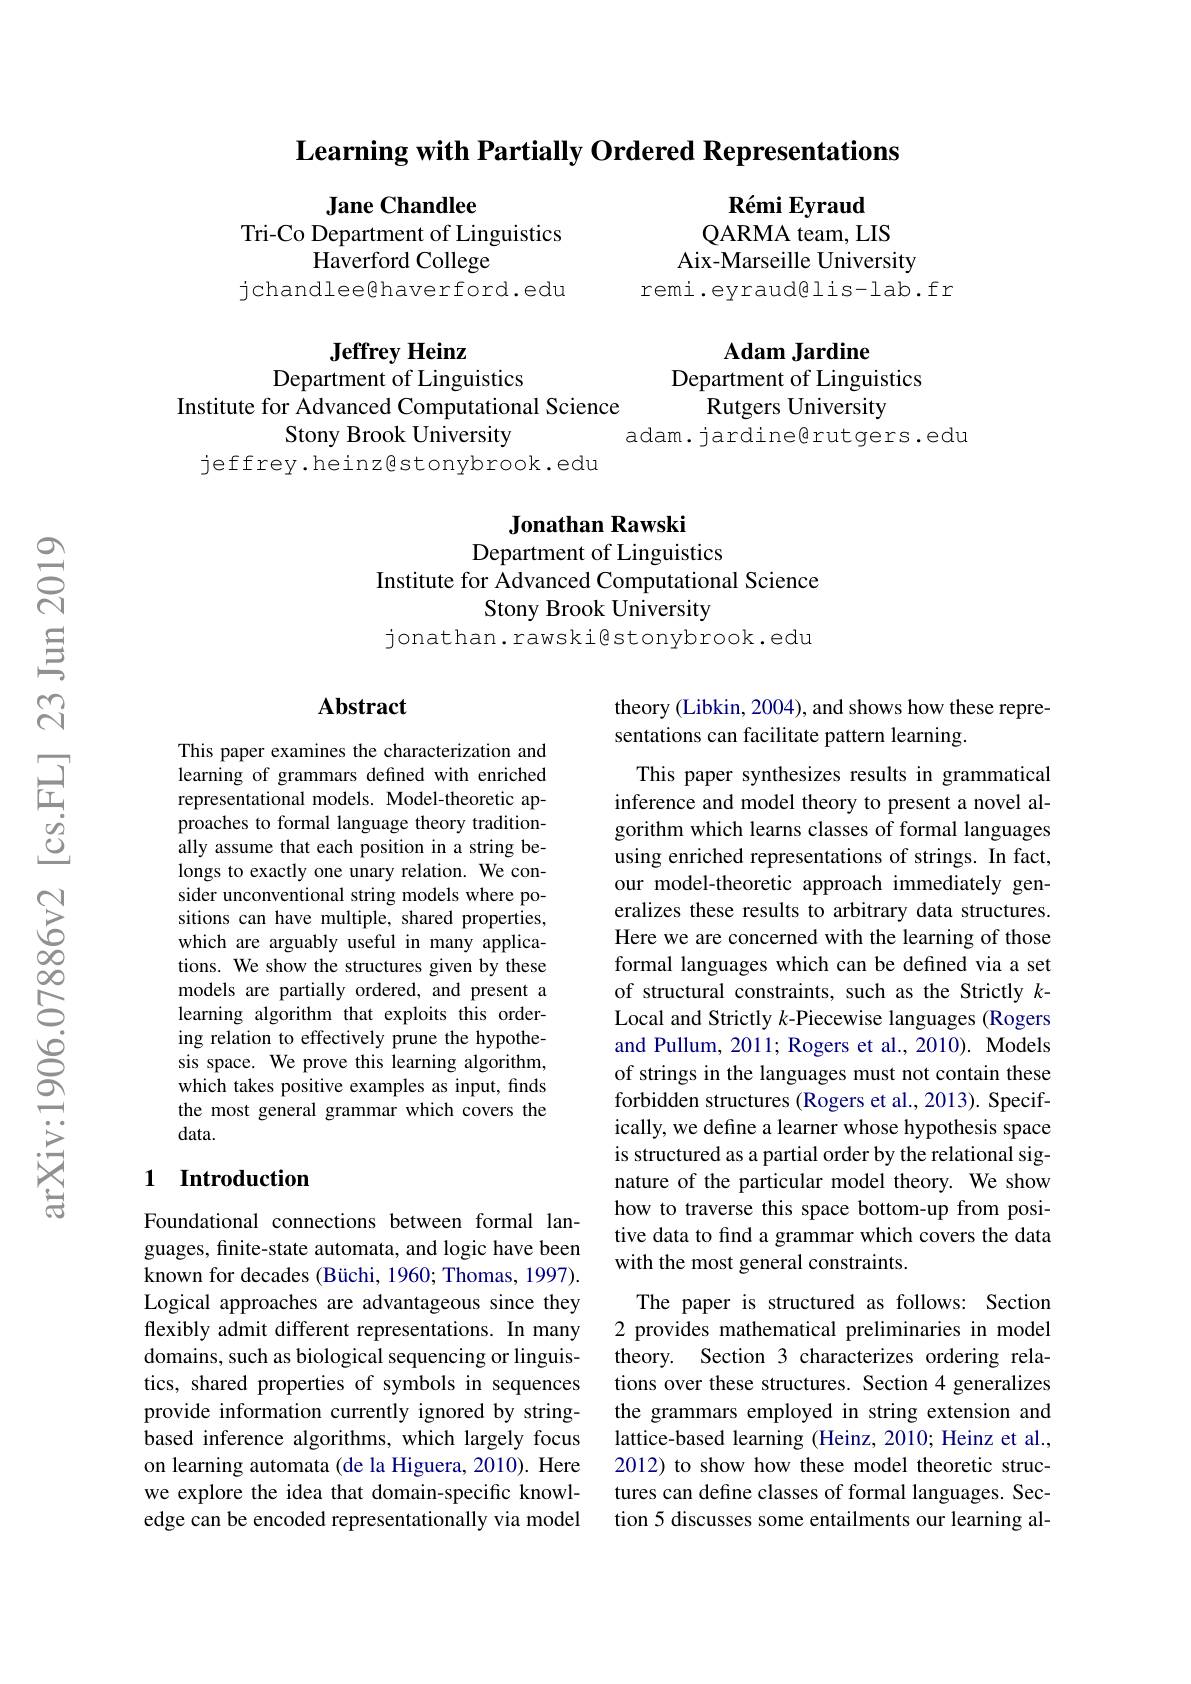
Learning with Partially Ordered Representations

Jane Chandlee
Tri-Co Department of Linguistics
Haverford College
jchandleeghaverford.edu

Rémi Eyraud
QARMA team, LIS
Aix-Marseille University
remi.eyraud@lis-lab.fr

Adam Jardine

Department of Linguistics

Rutgers University

Jeffrey Heinz
Department of Linguistics
Institute for Advanced Computational Science
Stony Brook University
jeffrey.heinz@stonybrook.edu

adam. jardine@rutgers.edu

Jonathan Rawski
Department of Linguistics
Institute for Advanced Computational Science
Stony Brook University
jonathan.rawski@stonybrook.edu

### Abstract

This paper examines the characterization and learning of grammars defined with enriched representational models. Model-theoretic approaches to formal language theory traditionally assume that each position in a string belongs to exactly one unary relation. We consider unconventional string models where positions can have multiple, shared properties, which are arguably useful in many applications. We show the structures given by these models are partially ordered, and present a learning algorithm that exploits this ordering relation to effectively prune the hypothesis space. We prove this learning algorithm, which takes positive examples as input, finds the most general grammar which covers the data.

## 1 Introduction

Foundational connections between formal languages, finite-state automata, and logic have been known for decades (Büchi, 1960; Thomas, 1997). Logical approaches are advantageous since they flexibly admit different representations. In many domains, such as biological sequencing or linguistics, shared properties of symbols in sequences provide information currently ignored by stringbased inference algorithms, which largely focus on learning automata (de la Higuera, 2010). Here we explore the idea that domain-specific knowledge can be encoded representationally via model

theory (Libkin, 2004), and shows how these repre-
sentations can facilitate pattern learning.

This paper synthesizes results in grammatical inference and model theory to present a novel algorithm which learns classes of formal languages using enriched representations of strings. In fact, our model-theoretic approach immediately generalizes these results to arbitrary data structures Here we are concerned with the learning of those formal languages which can be defined via a set of structural constraints, such as the Strictly $k-$ Local and Strictly $k$-Piecewise languages (Rogers and Pullum, 2011; Rogers et al., 2010). Models of strings in the languages must not contain these forbidden structures (Rogers et al.,2013). Specifically, we define a learner whose hypothesis space is structured as a partial order by the relational signature of the particular model theory. We show how to traverse this space bottom-up from positive data to find a grammar which covers the data with the most general constraints.

The paper is structured as follows: Section 2 provides mathematical preliminaries in model theory. Section 3 characterizes ordering relations over these structures. Section 4 generalizes the grammars employed in string extension and lattice-based learning (Heinz, 2010; Heinz et al., 2012) to show how these model theoretic structures can define classes of formal languages. Section 5 discusses some entailments our learning al-